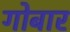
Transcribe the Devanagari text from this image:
गोबार